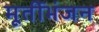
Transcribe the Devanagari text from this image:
मूर्तीभंजन